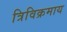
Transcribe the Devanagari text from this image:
त्रिविक्रमाय